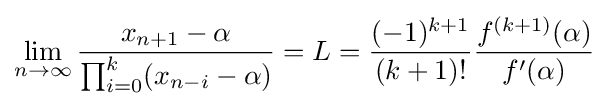
\lim _{n\to \infty }{\frac {x_{n+1}-\alpha }{\prod _{i=0}^{k}(x_{n-i}-\alpha )}}=L={\frac {(-1)^{k+1}}{(k+1)!}}{\frac {f^{(k+1)}(\alpha )}{f'(\alpha )}}